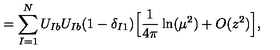
= \sum _ { I = 1 } ^ { N } U _ { I b } U _ { I b } ( 1 - \delta _ { I 1 } ) \Big [ \frac { 1 } { 4 \pi } \ln ( \mu ^ { 2 } ) + O ( z ^ { 2 } ) \Big ] ,